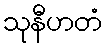
သုနီဟတံ